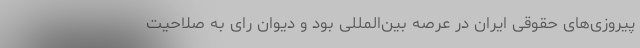
پیروزی‌های حقوقی ایران در عرصه بین‌المللی بود و دیوان رای به صلاحیت